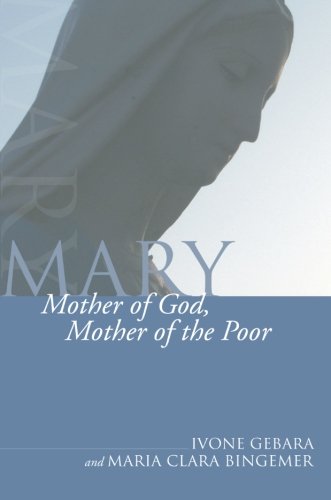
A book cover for Mary, Mother of God, Mother of the Poor: (Theology and Liberation); Ivone Gebara; Christian Books & Bibles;